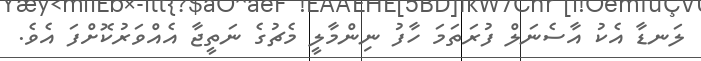
ލަނޑާ އެކު އާސެނަލް ފުރަތަމަ ހާފު ނިންމާލީ މެޗުގެ ނަތީޖާ އެއްވަރުކޮށްފަ އެވެ.